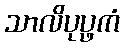
သာလိပုပ္ဖကံ